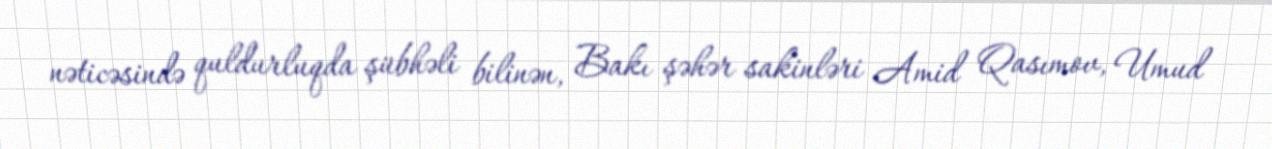
nəticəsində quldurluqda şübhəli bilinən, Bakı şəhər sakinləri Amid Qasımov, Umud